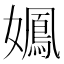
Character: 𫲉